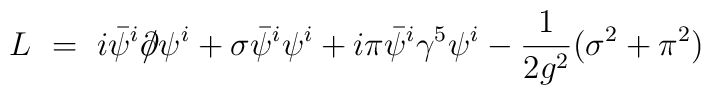
L ~=~ i \bar{\psi}^i {\partial \!\!\! /} \psi^i + \sigma \bar{\psi}^i \psi^i+ i \pi \bar{\psi}^i \gamma^5\psi^i - \frac{1}{2g^2}(\sigma^2+\pi^2)